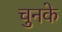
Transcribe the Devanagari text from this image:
चुनके